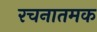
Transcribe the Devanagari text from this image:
रचनातमक